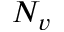
N _ { v }